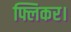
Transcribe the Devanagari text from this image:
फ्लिकर।